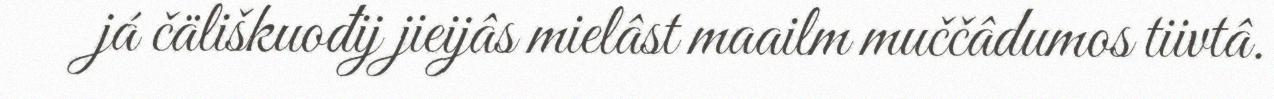
já čäliškuođij jieijâs mielâst maailm muččâdumos tiivtâ.